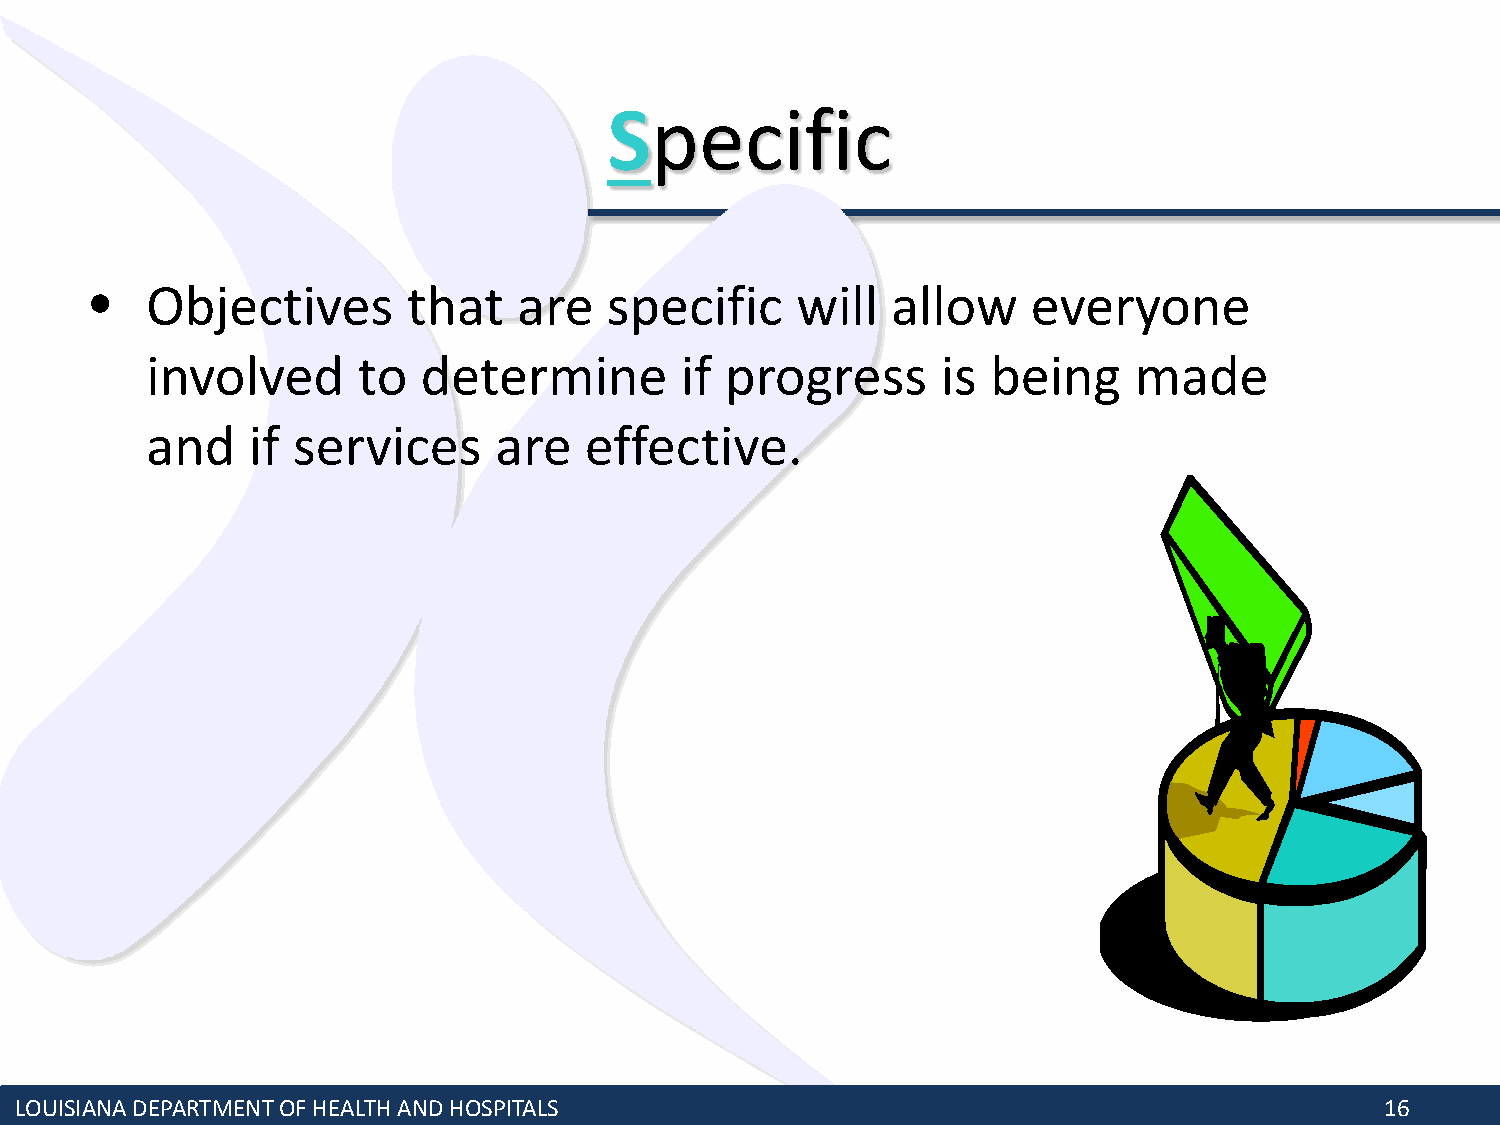
Specific
 •   Objectives       that   are   specific     will  allow    everyone
 involved      to  determine        if progress      is  being    made
 and   if services      are   effective.
 LOUISIANA DEPARTMENT OF HEALTH AND HOSPITALS                                               16